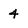
Character: 4